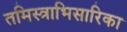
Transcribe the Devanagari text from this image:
तमिस्त्राभिसारिका